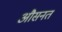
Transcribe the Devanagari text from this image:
औसनत